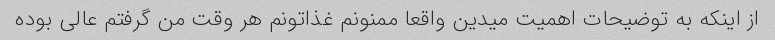
از اینکه به توضیحات اهمیت میدین واقعا ممنونم غذاتونم هر وقت من گرفتم عالی بوده